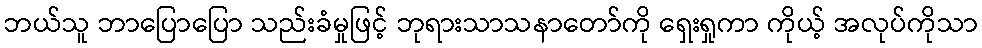
ဘယ်သူ ဘာပြောပြော သည်းခံမှုဖြင့် ဘုရားသာသနာတော်ကို ရှေးရှုကာ ကိုယ့် အလုပ်ကိုသာ